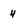
Character: 4